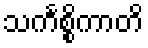
သင်္ကစ္စိကာတိ